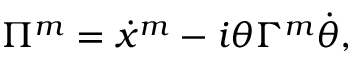
\Pi ^ { m } = \dot { x } ^ { m } - i \theta \Gamma ^ { m } \dot { \theta } ,